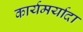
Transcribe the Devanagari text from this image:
कार्यमर्यादा